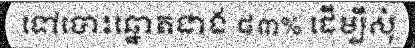
ទៅបោះឆ្នោតជាង ៨៣% ដើម្បីសុំ